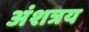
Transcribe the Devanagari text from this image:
अंशत्रय